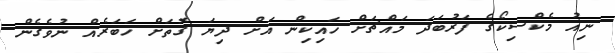
ނިއު މެކްސިކޯގެ ފަރުބަދަ މައްޗަށް ހައިކިން އަށް ދިޔަ ގޮތަށް ހަބަރެއް ނުވެގެން